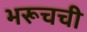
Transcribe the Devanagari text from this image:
भरूचची